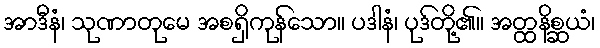
အာဒီနံ၊ သုဏာတုမေ အစရှိကုန်သော။ ပဒါနံ၊ ပုဒ်တို့၏။ အတ္ထနိစ္ဆယံ၊